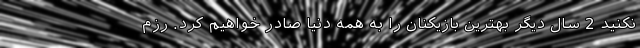
نکنید 2 سال دیگر بهترین بازیکنان را به همه دنیا صادر خواهیم کرد. رزم